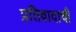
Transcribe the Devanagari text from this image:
प्रतिवादाची